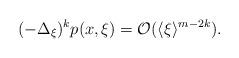
LaTeX: \begin{align*} (-\Delta_\xi)^kp(x,\xi)=\mathcal{O}(\langle\xi\rangle^{m-2k}).\end{align*}